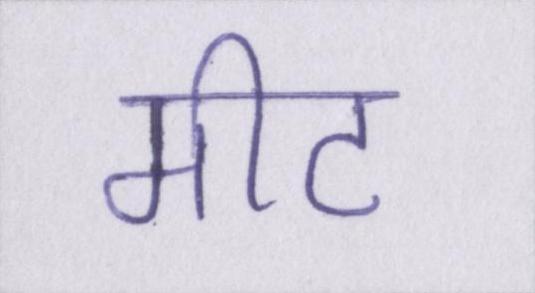
मीट